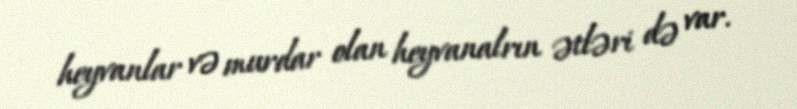
heyvanlar və murdar olan heyvanalrın ətləri də var.